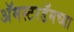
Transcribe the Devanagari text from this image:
अॅमस्टरडॅमच्या